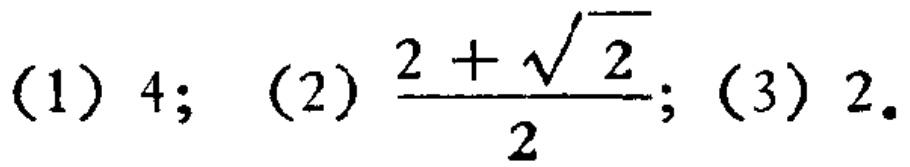
(1) \(4\); (2) \(\frac{2 + \sqrt{2}}{2}\); (3) \(2\).